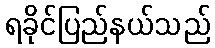
ရခိုင်ပြည်နယ်သည်